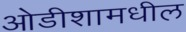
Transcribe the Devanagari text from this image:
ओडीशामधील